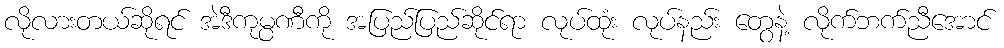
လိုလားတယ်ဆိုရင် အဲဒီကုမ္ပဏီကို အပြည်ပြည်ဆိုင်ရာ လုပ်ထုံး လုပ်နည်း တွေနဲ့ လိုက်ဘက်ညီအောင်